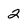
Character: 2